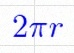
2\pi r